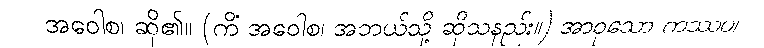
အဝေါစ၊ ဆို၏။ (ကိံ အဝေါစ၊ အဘယ်သို့ ဆိုသနည်း။) အာဝုသော ကဿပ၊